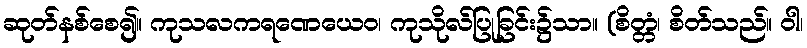
ဆုတ်နစ်စေ၍။ ကုသလကရဏေယေဝ၊ ကုသိုလ်ပြုခြင်း၌သာ။ (စိတ္တံ၊ စိတ်သည်။ ဝါ၊